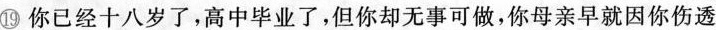
⑲你已经十八岁了，高中毕业了,但你却无事可做,你母亲早就因你伤透